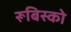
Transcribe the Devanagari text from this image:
रूबिस्को